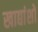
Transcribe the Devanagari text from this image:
खाद्यांशों